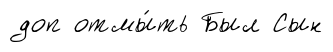
доп отмы́ть Был Сын